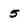
Character: 5